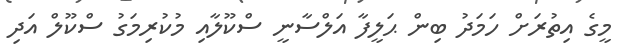
މީގެ އިތުރަށް ހަމަދު ބިން ޙަލީފާ އަލްސާނީ ސްކޫލާއި މުކުރިމަގު ސްކޫލް އަދި